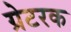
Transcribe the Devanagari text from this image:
ग्रेटरक